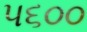
૫૬૦૦